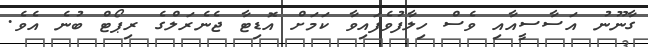
ގާނޫނު އަސާސީއާއި ވެސް ހިލާފުވެފައިވާ ކަމަށް އޮޑިޓާ ޖެނެރަލްގެ ރިޕޯޓް ބުނެ އެވެ.